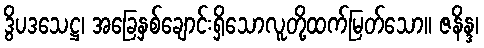
ဒွိပဒသေဋ္ဌ၊ အခြေနှစ်ချောင်းရှိသောလူတို့ထက်မြတ်သော။ ဇနိန္ဒ၊